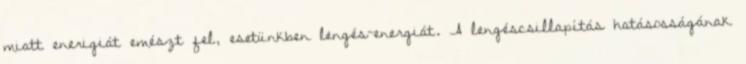
miatt enerigiát emészt fel, esetünkben lengés-energiát. A lengéscsillapítás hatásosságának